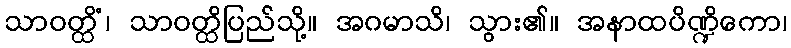
သာဝတ္ထိံ၊ သာဝတ္ထိပြည်သို့။ အဂမာသိ၊ သွား၏။ အနာထပိဏ္ဍိကော၊